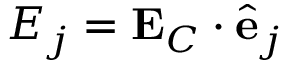
E _ { j } = \mathbf { E } _ { C } \cdot \hat { \mathbf { e } } _ { j }